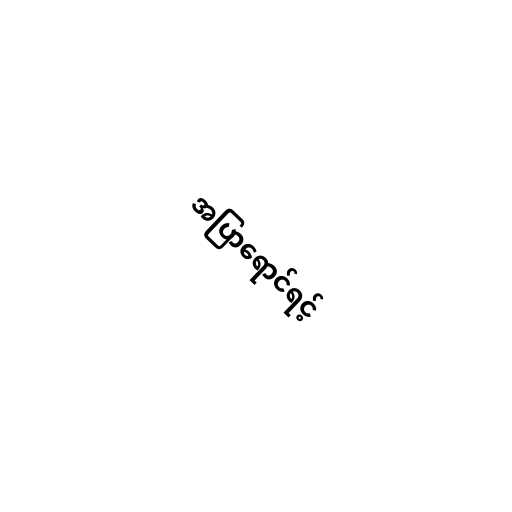
အပြာရောင်ရင့်